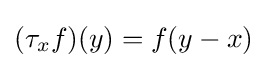
(\tau _{x}f)(y)=f(y-x)